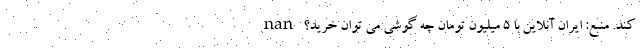
کند. منبع: ایران آنلاین با 5 میلیون تومان چه گوشی می توان خرید؟ nan